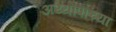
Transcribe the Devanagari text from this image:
अय्यापाच्या